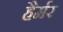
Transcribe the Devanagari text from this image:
हैर्मर